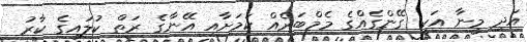
އަދި މީނާ އަކީ ގޭންގެއްގެ މެމްބަރެއް ކަމަށާއި އޭނާގެ ރަތް ކުލައިގެ ކާރު